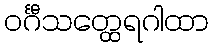
ဝင်္ဂီသတ္ထေရဂါထာ